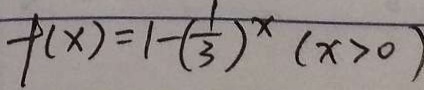
f ( x ) = 1 - ( \frac { 1 } { 3 } ) ^ { x } ( x > 0 )